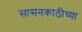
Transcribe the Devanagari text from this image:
सासनकाठीच्या